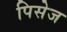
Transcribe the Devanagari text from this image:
पिसेज